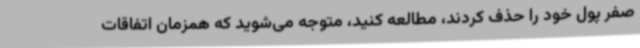
صفر پول خود را حذف کردند، مطالعه کنید، متوجه می‌شوید که همزمان اتفاقات